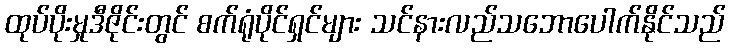
ထုပ်ပိုးမှုဒီဇိုင်းတွင် စက်ရုံပိုင်ရှင်များ သင်နားလည်သဘောပေါက်နိုင်သည်